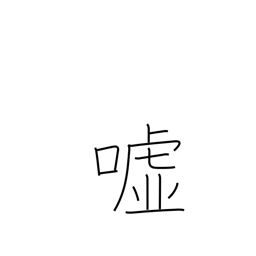
Meaning: falsehood